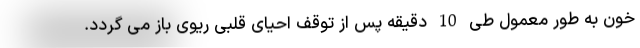
خون به طور معمول طی 10 دقیقه پس از توقف احیای قلبی ریوی باز می گردد.